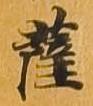
薩